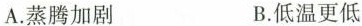
A.蒸腾加剧 B.低温更低